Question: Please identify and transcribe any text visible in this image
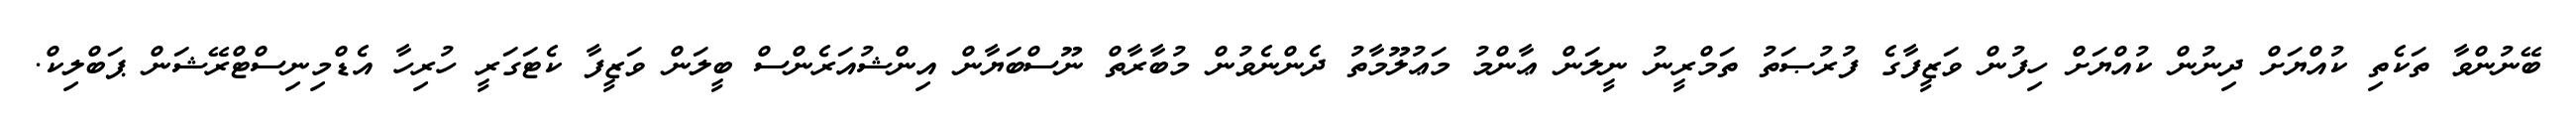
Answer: ބޭނުންވާ ތަކެތި ކުއްޔަށް ދިނުން ކުއްޔަށް ހިފުން ވަޒީފާގެ ފުރުޞަތު ތަމްރީނު ނީލަން ޢާންމު މަޢުލޫމާތު ދެންނެވުން މުބާރާތް ނޫސްބަޔާން އިންޝުއަރެންސް ބީލަން ވަޒީފާ ކެޓަގަރީ ހުރިހާ އެޑްމިނިސްޓްރޭޝަން ޕަބްލިކް.